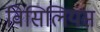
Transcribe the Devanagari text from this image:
विसिलियस